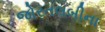
જોરતલબીના